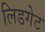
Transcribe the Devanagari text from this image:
लिडगेट